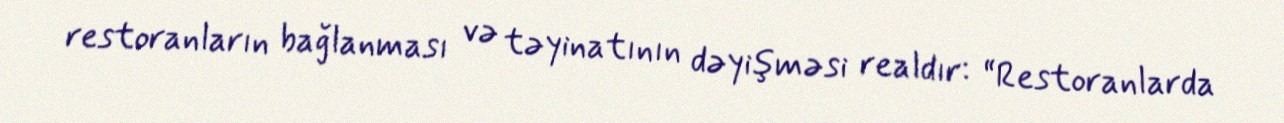
restoranların bağlanması və təyinatının dəyişməsi realdır: “Restoranlarda